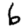
Digit: 6